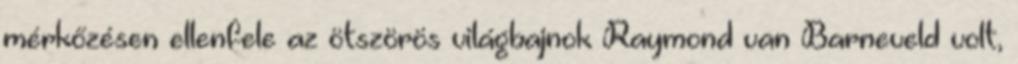
mérkőzésen ellenfele az ötszörös világbajnok Raymond van Barneveld volt,